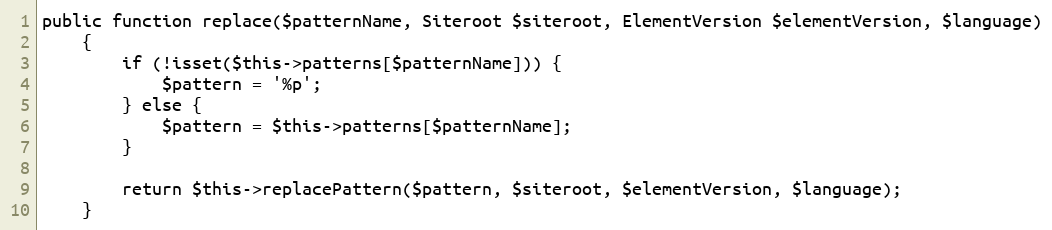
Language: PHP
public function replace($patternName, Siteroot $siteroot, ElementVersion $elementVersion, $language)
    {
        if (!isset($this->patterns[$patternName])) {
            $pattern = '%p';
        } else {
            $pattern = $this->patterns[$patternName];
        }

        return $this->replacePattern($pattern, $siteroot, $elementVersion, $language);
    }